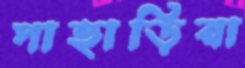
পাহাড়িয়া